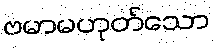
ဗမာမဟုတ်သော